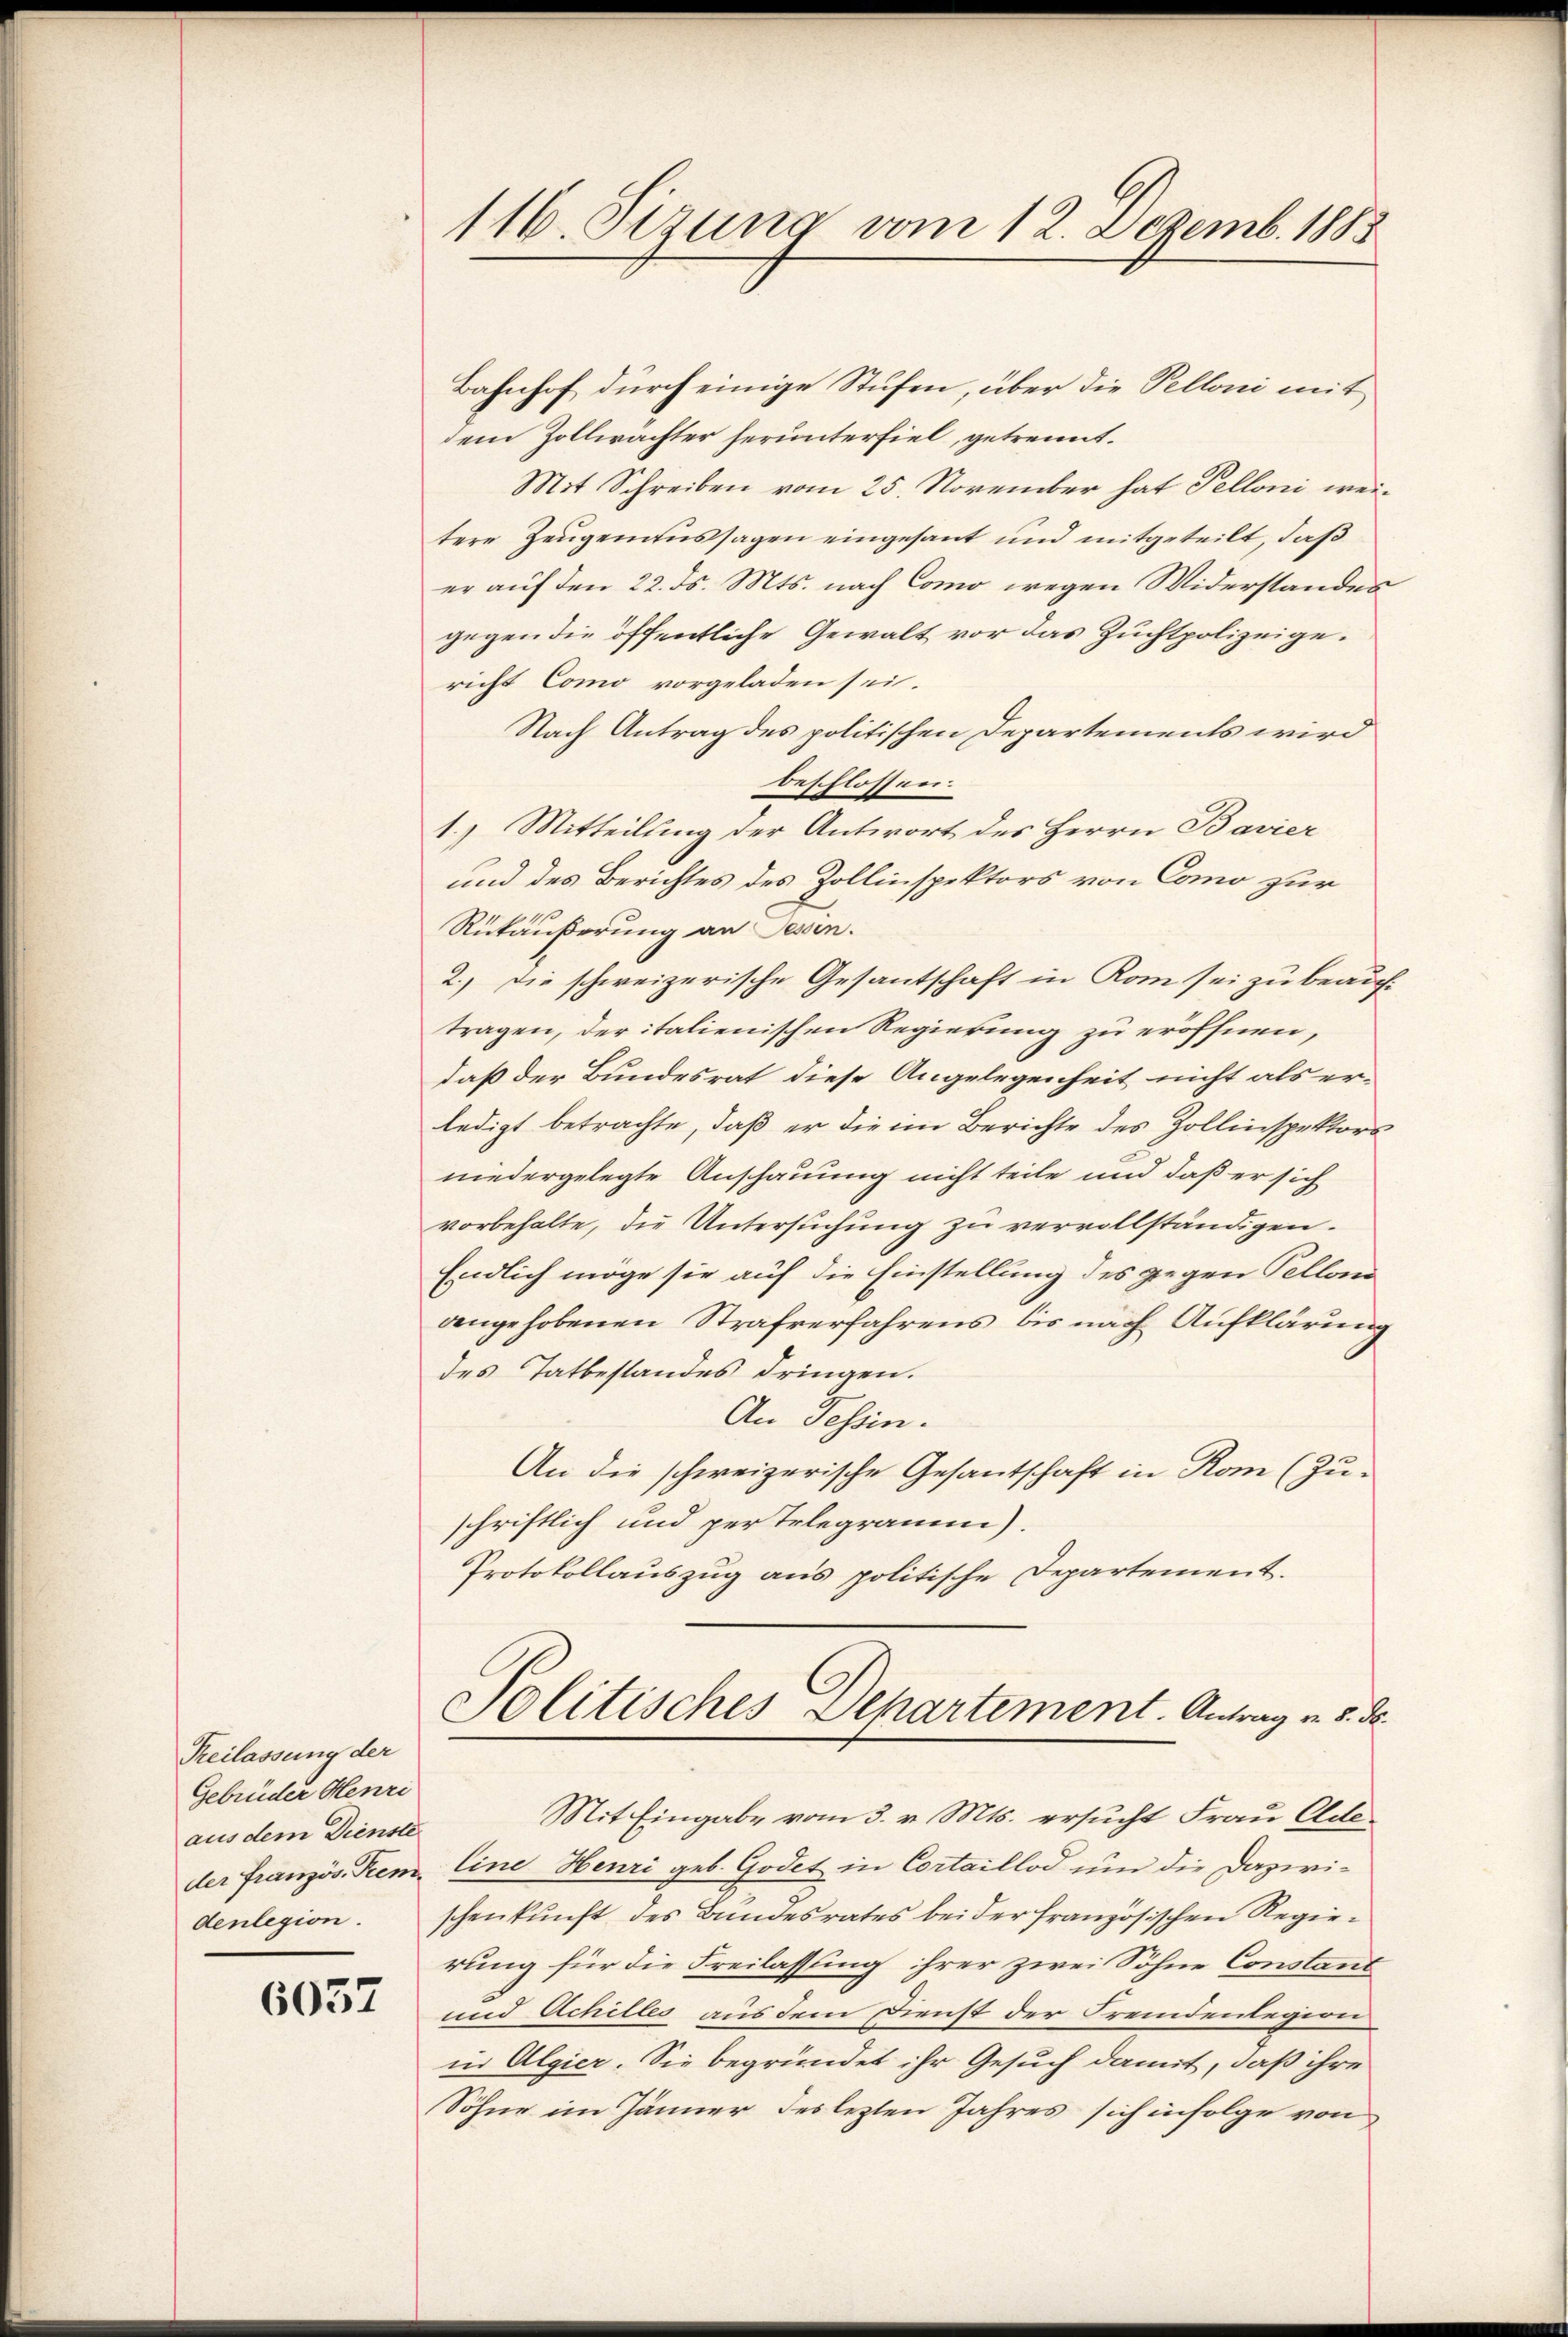
Reilassung der
Gebrüder Henri
aus dem Dienste
der Französ. Fremdenlegion.

6057

116. Sizung vom 12. Dezemb. 1883

Bahnhof durch einige Stufen, über die Pelloni mit
dem Zollwächter herunterfiel, getrennt¬
Mit Schreiben vom 25. November hat Pelloni weitere Zeugenaussagen eingesant und mitgeteilt, daß
er auf den 22. ds. Mts. nach Como wegen Widerstandes
gegen die öffentliche Gewalt vor das Zuchtpolizeigericht Como vorgeladen sei.
Nach Antrag des politischen Departements wird
beschlossen.
1.) Mitteilung der Antwort des Herrn Bavier
und des Berichtes des Zollinspektors von Como zur
Rükäußerung an Sessen.
2.) Die schweizerische Gesantschaft in Rom sei zu beauf-
tragen, der italienischen Regierung zu eröffnen,
daß der Bundesrat diese Angelegenheit nicht als er-
ledigt betrachte, daß er die im Berichte des Zollinspektors
niedergelegte Anschauung nicht teile und daß er sich
vorbehalte, die Untersuchung zu vervollständigen.
Endlich möge sie auf die Einstellung des gegen Pellon
angehobenen Strafverfahrens bis nach Aufklärung
des Tatbestandes dringen.
An Tessin.
An die schweizerische Gesantschaft in Rom (Zu-
schriftlich und per Telegramm).
Protokollauszug aus politische Departement.
Solitisches Departement. Antrag v. 5. d.
Mit Eingabe vom 3. v. Mts. ersucht Frau Oldeline Henri geb. Godet in Cortaillod um die Dazwischenkunft des Bundesrates bei der französischen Regierung für die Freilassung ihrer zwei Söhne Constant
und Achilles aus dem Dienst der Fremdenlegion
in Algier. Sie begründet ihr Gesuch damit, daß ihre
Söhne im Jänner des letzten Jahres sich infolge von